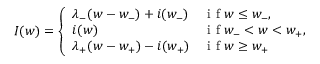
I ( w ) = \left\{ \begin{array} { l l } { \lambda _ { - } ( w - w _ { - } ) + i ( w _ { - } ) } & { \mathrm { ~ i ~ f ~ } w \le w _ { - } , } \\ { i ( w ) } & { \mathrm { ~ i ~ f ~ } w _ { - } < w < w _ { + } , } \\ { \lambda _ { + } ( w - w _ { + } ) - i ( w _ { + } ) } & { \mathrm { ~ i ~ f ~ } w \ge w _ { + } } \end{array} \right.